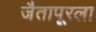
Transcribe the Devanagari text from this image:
जैतापूरला